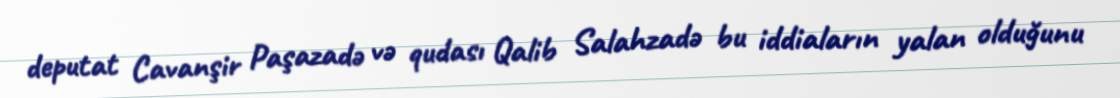
deputat Cavanşir Paşazadə və qudası Qalib Salahzadə bu iddiaların yalan olduğunu